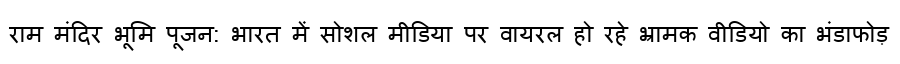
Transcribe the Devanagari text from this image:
राम मंदिर भूमि पूजन: भारत में सोशल मीडिया पर वायरल हो रहे भ्रामक वीडियो का भंडाफोड़